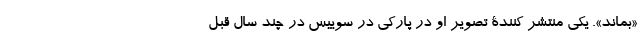
«بماند». یکی منتشر کنندۀ تصویر او در پارکی در سوییس در چند سال قبل